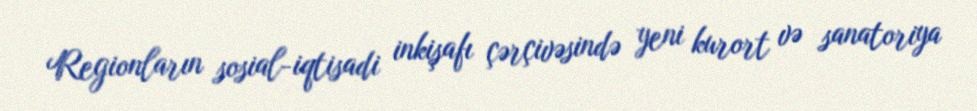
Regionların sosial-iqtisadi inkişafı çərçivəsində yeni kurort və sanatoriya